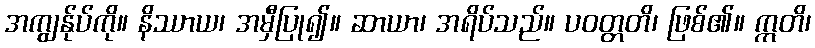
အကျွန်ုပ်ကို။ နိဿာယ၊ အမှီပြု၍။ ဆာယာ၊ အရိပ်သည်။ ပဝတ္တတိ၊ ဖြစ်၏။ ဣတိ၊